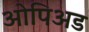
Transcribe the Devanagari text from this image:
ओपिअड